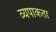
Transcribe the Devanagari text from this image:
व्यपाकता